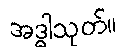
အဒ္ဓါသုတ်။